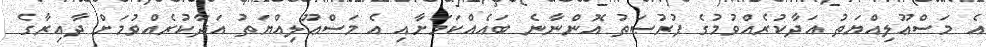
އެ މަސްޢޫލިއްޔަތު އަދާކުރެއްވުމުގެ ފުރުޞަތު އޮންނާނެ ބައެއްކަމަށާއި އެ މަސްޢޫލިއްޔަތު އަދާކުރެއްވުމަށް ދާއިރާގެ